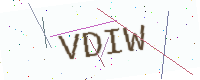
Text: VDIW